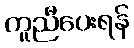
ကူညီပေးရန်